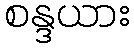
စန္ဒယား